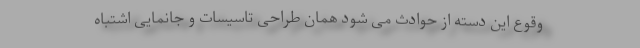
وقوع این دسته از حوادث می شود همان طراحی تاسیسات و جانمایی اشتباه